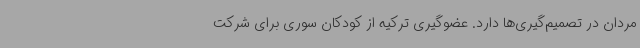
مردان در تصمیم‌گیری‌ها دارد. عضوگیری ترکیه از کودکان سوری برای شرکت